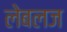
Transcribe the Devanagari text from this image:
लेबलज